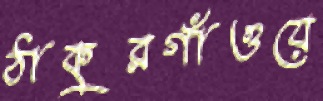
ঠাকুরগাঁওয়ে